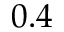
0 . 4